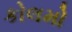
કોલમો